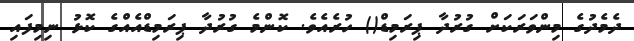
ދެމެދުގެ މިންވަރަކަށް ގުރުދާ ޕިރަމިޑް() ހުރެއެވެ. ކޮންމެ ގުރުދާ ޕިރަމިޑްއެއްގެ ކޮޅު ނިމިފައި